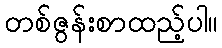
တစ်ဇွန်းစာထည့်ပါ။